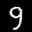
Label: 9